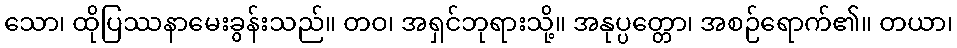
သော၊ ထိုပြဿနာမေးခွန်းသည်။ တဝ၊ အရှင်ဘုရားသို့။ အနုပ္ပတ္တော၊ အစဉ်ရောက်၏။ တယာ၊